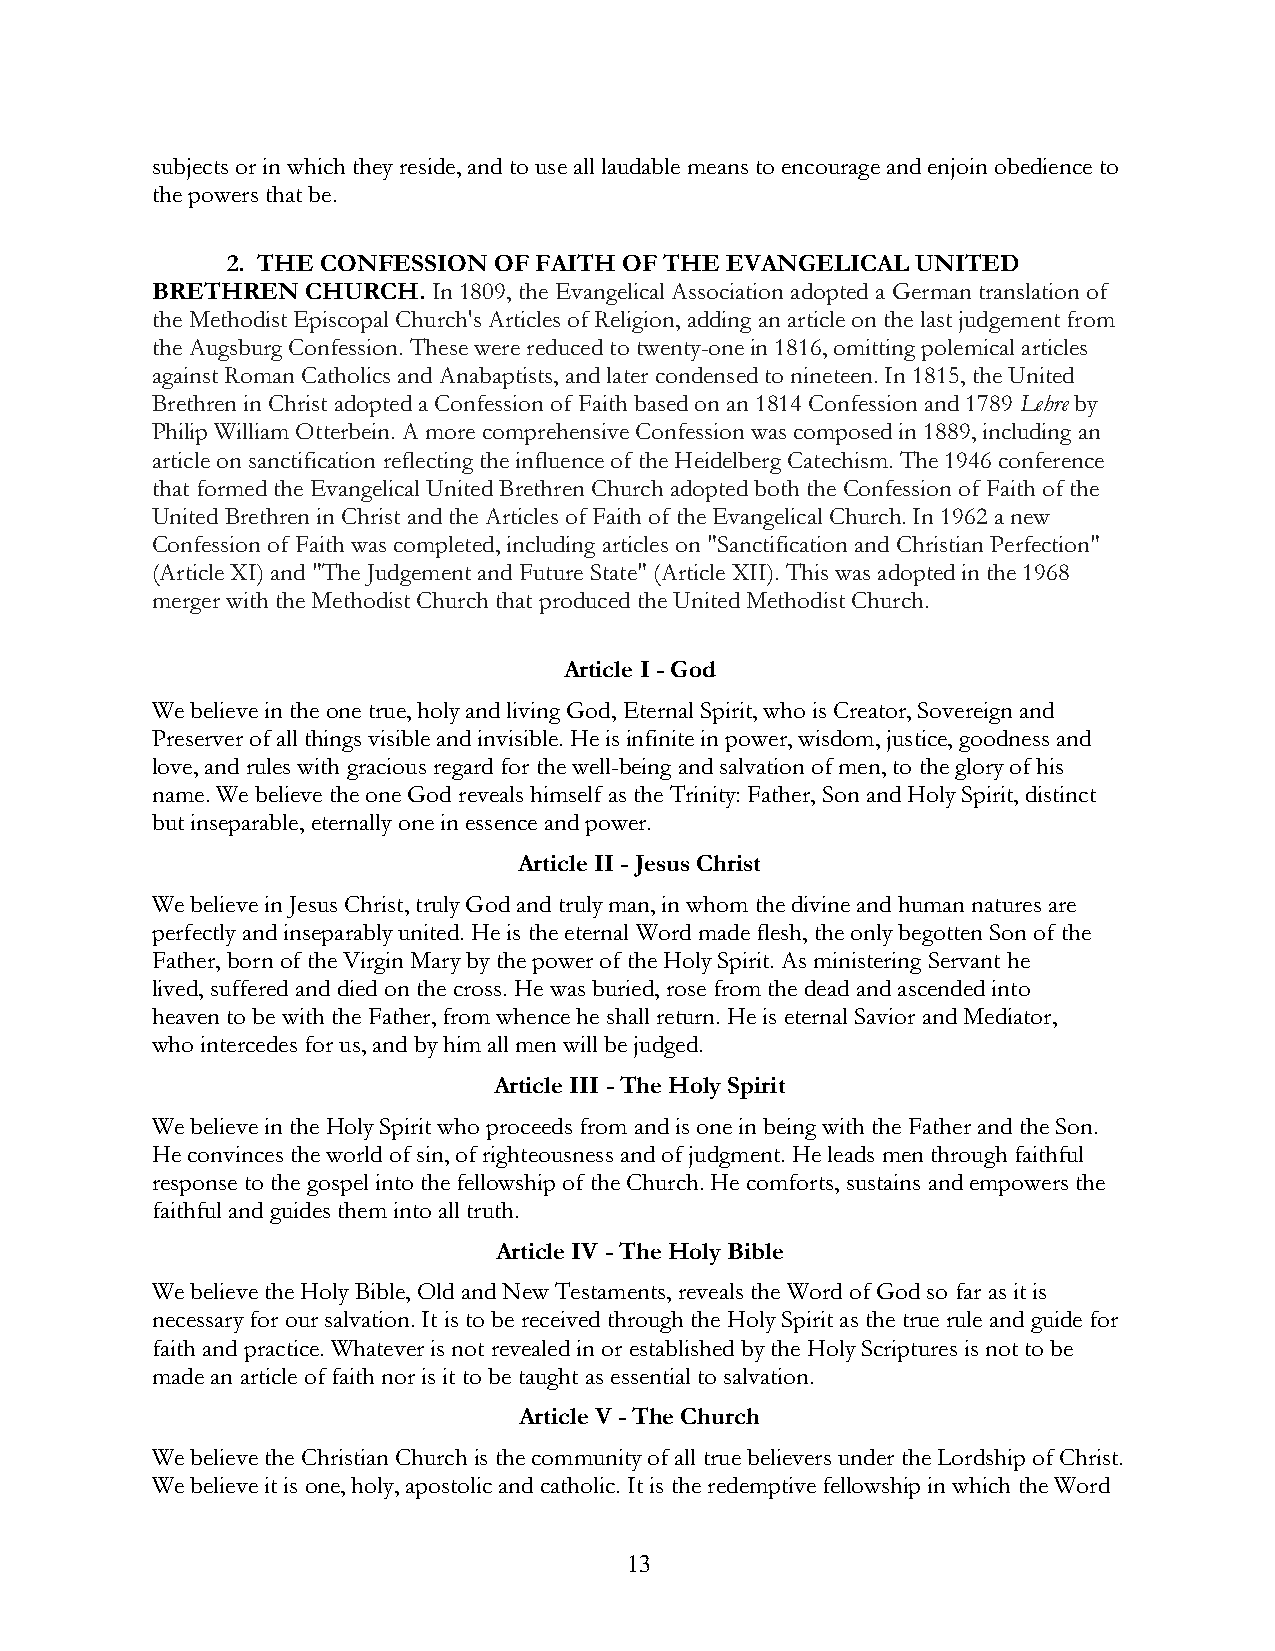
subjects or in which they reside, and to use all laudable means to encourage and enjoin obedience to
 the powers that be.
 2. THE CONFESSION OF FAITH OF THE EVANGELICAL UNITED
 BRETHREN  CHURCH.  In 1809, the Evangelical Association adopted a German translation of
 the Methodist Episcopal Church's Articles of Religion, adding an article on the last judgement from
 the Augsburg Confession. These were reduced to twenty-one in 1816, omitting polemical articles
 against Roman Catholics and Anabaptists, and later condensed to nineteen. In 1815, the United
 Brethren in Christ adopted a Confession of Faith based on an 1814 Confession and 1789 Lehre by
 Philip William Otterbein. A more comprehensive Confession was composed in 1889, including an
 article on sanctification reflecting the influence of the Heidelberg Catechism. The 1946 conference
 that formed the Evangelical United Brethren Church adopted both the Confession of Faith of the
 United Brethren in Christ and the Articles of Faith of the Evangelical Church. In 1962 a new
 Confession of Faith was completed, including articles on "Sanctification and Christian Perfection"
 (Article XI) and "The Judgement and Future State" (Article XII). This was adopted in the 1968
 merger with the Methodist Church that produced the United Methodist Church.
 Article I - God
 We believe in the one true, holy and living God, Eternal Spirit, who is Creator, Sovereign and
 Preserver of all things visible and invisible. He is infinite in power, wisdom, justice, goodness and
 love, and rules with gracious regard for the well-being and salvation of men, to the glory of his
 name. We believe the one God reveals himself as the Trinity: Father, Son and Holy Spirit, distinct
 but inseparable, eternally one in essence and power.
 Article II - Jesus Christ
 We believe in Jesus Christ, truly God and truly man, in whom the divine and human natures are
 perfectly and inseparably united. He is the eternal Word made flesh, the only begotten Son of the
 Father, born of the Virgin Mary by the power of the Holy Spirit. As ministering Servant he
 lived, suffered and died on the cross. He was buried, rose from the dead and ascended into
 heaven to be with the Father, from whence he shall return. He is eternal Savior and Mediator,
 who intercedes for us, and by him all men will be judged.
 Article III - The Holy Spirit
 We believe in the Holy Spirit who proceeds from and is one in being with the Father and the Son.
 He convinces the world of sin, of righteousness and of judgment. He leads men through faithful
 response to the gospel into the fellowship of the Church. He comforts, sustains and empowers the
 faithful and guides them into all truth.
 Article IV - The Holy Bible
 We believe the Holy Bible, Old and New Testaments, reveals the Word of God so far as it is
 necessary for our salvation. It is to be received through the Holy Spirit as the true rule and guide for
 faith and practice. Whatever is not revealed in or established by the Holy Scriptures is not to be
 made an article of faith nor is it to be taught as essential to salvation.
 Article V - The Church
 We believe the Christian Church is the community of all true believers under the Lordship of Christ.
 We believe it is one, holy, apostolic and catholic. It is the redemptive fellowship in which the Word
 13